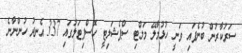
ސަރުކާރުން ބުނެފައި ވަނީ ހުޅުމާލޭ މަލްޓި ސްޕެޝަލިޓީ ހޮސްޕިޓަލުގައި 337 އެނދު ހުންނާނެ